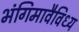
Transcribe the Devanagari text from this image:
भंगिमावैविध्य